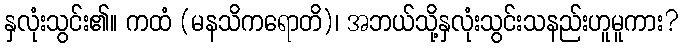
နှလုံးသွင်း၏။ ကထံ (မနသိကရောတိ)၊ အဘယ်သို့နှလုံးသွင်းသနည်းဟူမူကား?